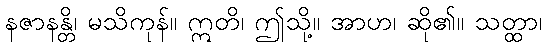
နဇာနန္တိ၊ မသိကုန်။ ဣတိ၊ ဤသို့။ အာဟ၊ ဆို၏။ သတ္ထာ၊